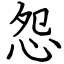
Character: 怨